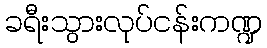
ခရီးသွားလုပ်ငန်းကဏ္ဍ